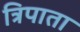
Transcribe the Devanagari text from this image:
त्रिपाता